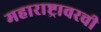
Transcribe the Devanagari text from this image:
महाराष्ट्रावरची